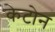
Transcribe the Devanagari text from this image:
केटोन